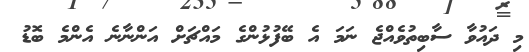
މި ދައުވާ ސާބިތުވެއްޖެ ނަމަ އެ ބޭފުޅުންގެ މައްޗަށް އަންނާނެ އެންމެ ބޮޑު